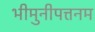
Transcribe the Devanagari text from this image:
भीमुनीपत्तनम